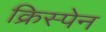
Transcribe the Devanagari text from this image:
क्रिस्पेन